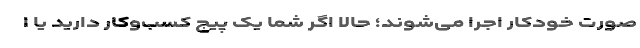
صورت خودکار اجرا می‌شوند؛ حالا اگر شما یک پیج کسب‌وکار دارید یا ا